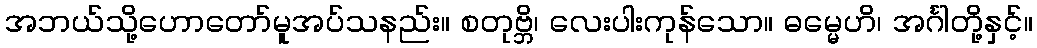
အဘယ်သို့ဟောတော်မူအပ်သနည်း။ စတုဗ္ဘိ၊ လေးပါးကုန်သော။ ဓမ္မေဟိ၊ အင်္ဂါတို့နှင့်။